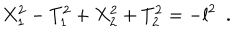
X _ { 1 } ^ { 2 } - T _ { 1 } ^ { 2 } + X _ { 2 } ^ { 2 } + T _ { 2 } ^ { 2 } = - l ^ { 2 } ~ ~ .